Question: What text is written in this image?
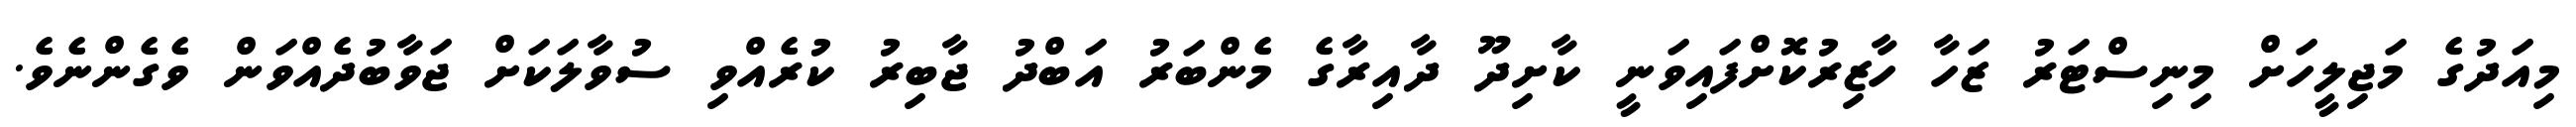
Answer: މިއަދުގެ މަޖިލީހަށް މިނިސްޓަރު ޒަހާ ހާޒިރުކޮށްފައިވަނީ ކާށިދޫ ދާއިރާގެ މެންބަރު އަބްދު ޖާބިރު ކުރެއްވި ސުވާލަކަށް ޖަވާބުދެއްވަން ވެގެންނެވެ.